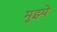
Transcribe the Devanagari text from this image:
मुझ्पे